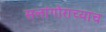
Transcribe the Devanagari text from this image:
सलांगोराच्याच